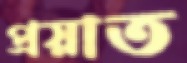
প্রয়াত